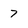
Character: 7